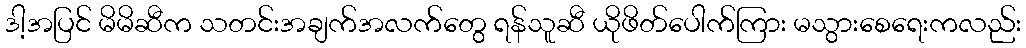
ဒါ့အပြင် မိမိဆီက သတင်းအချက်အလက်တွေ ရန်သူဆီ ယိုဖိတ်ပေါက်ကြား မသွားစေရေးကလည်း